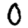
Digit: 0